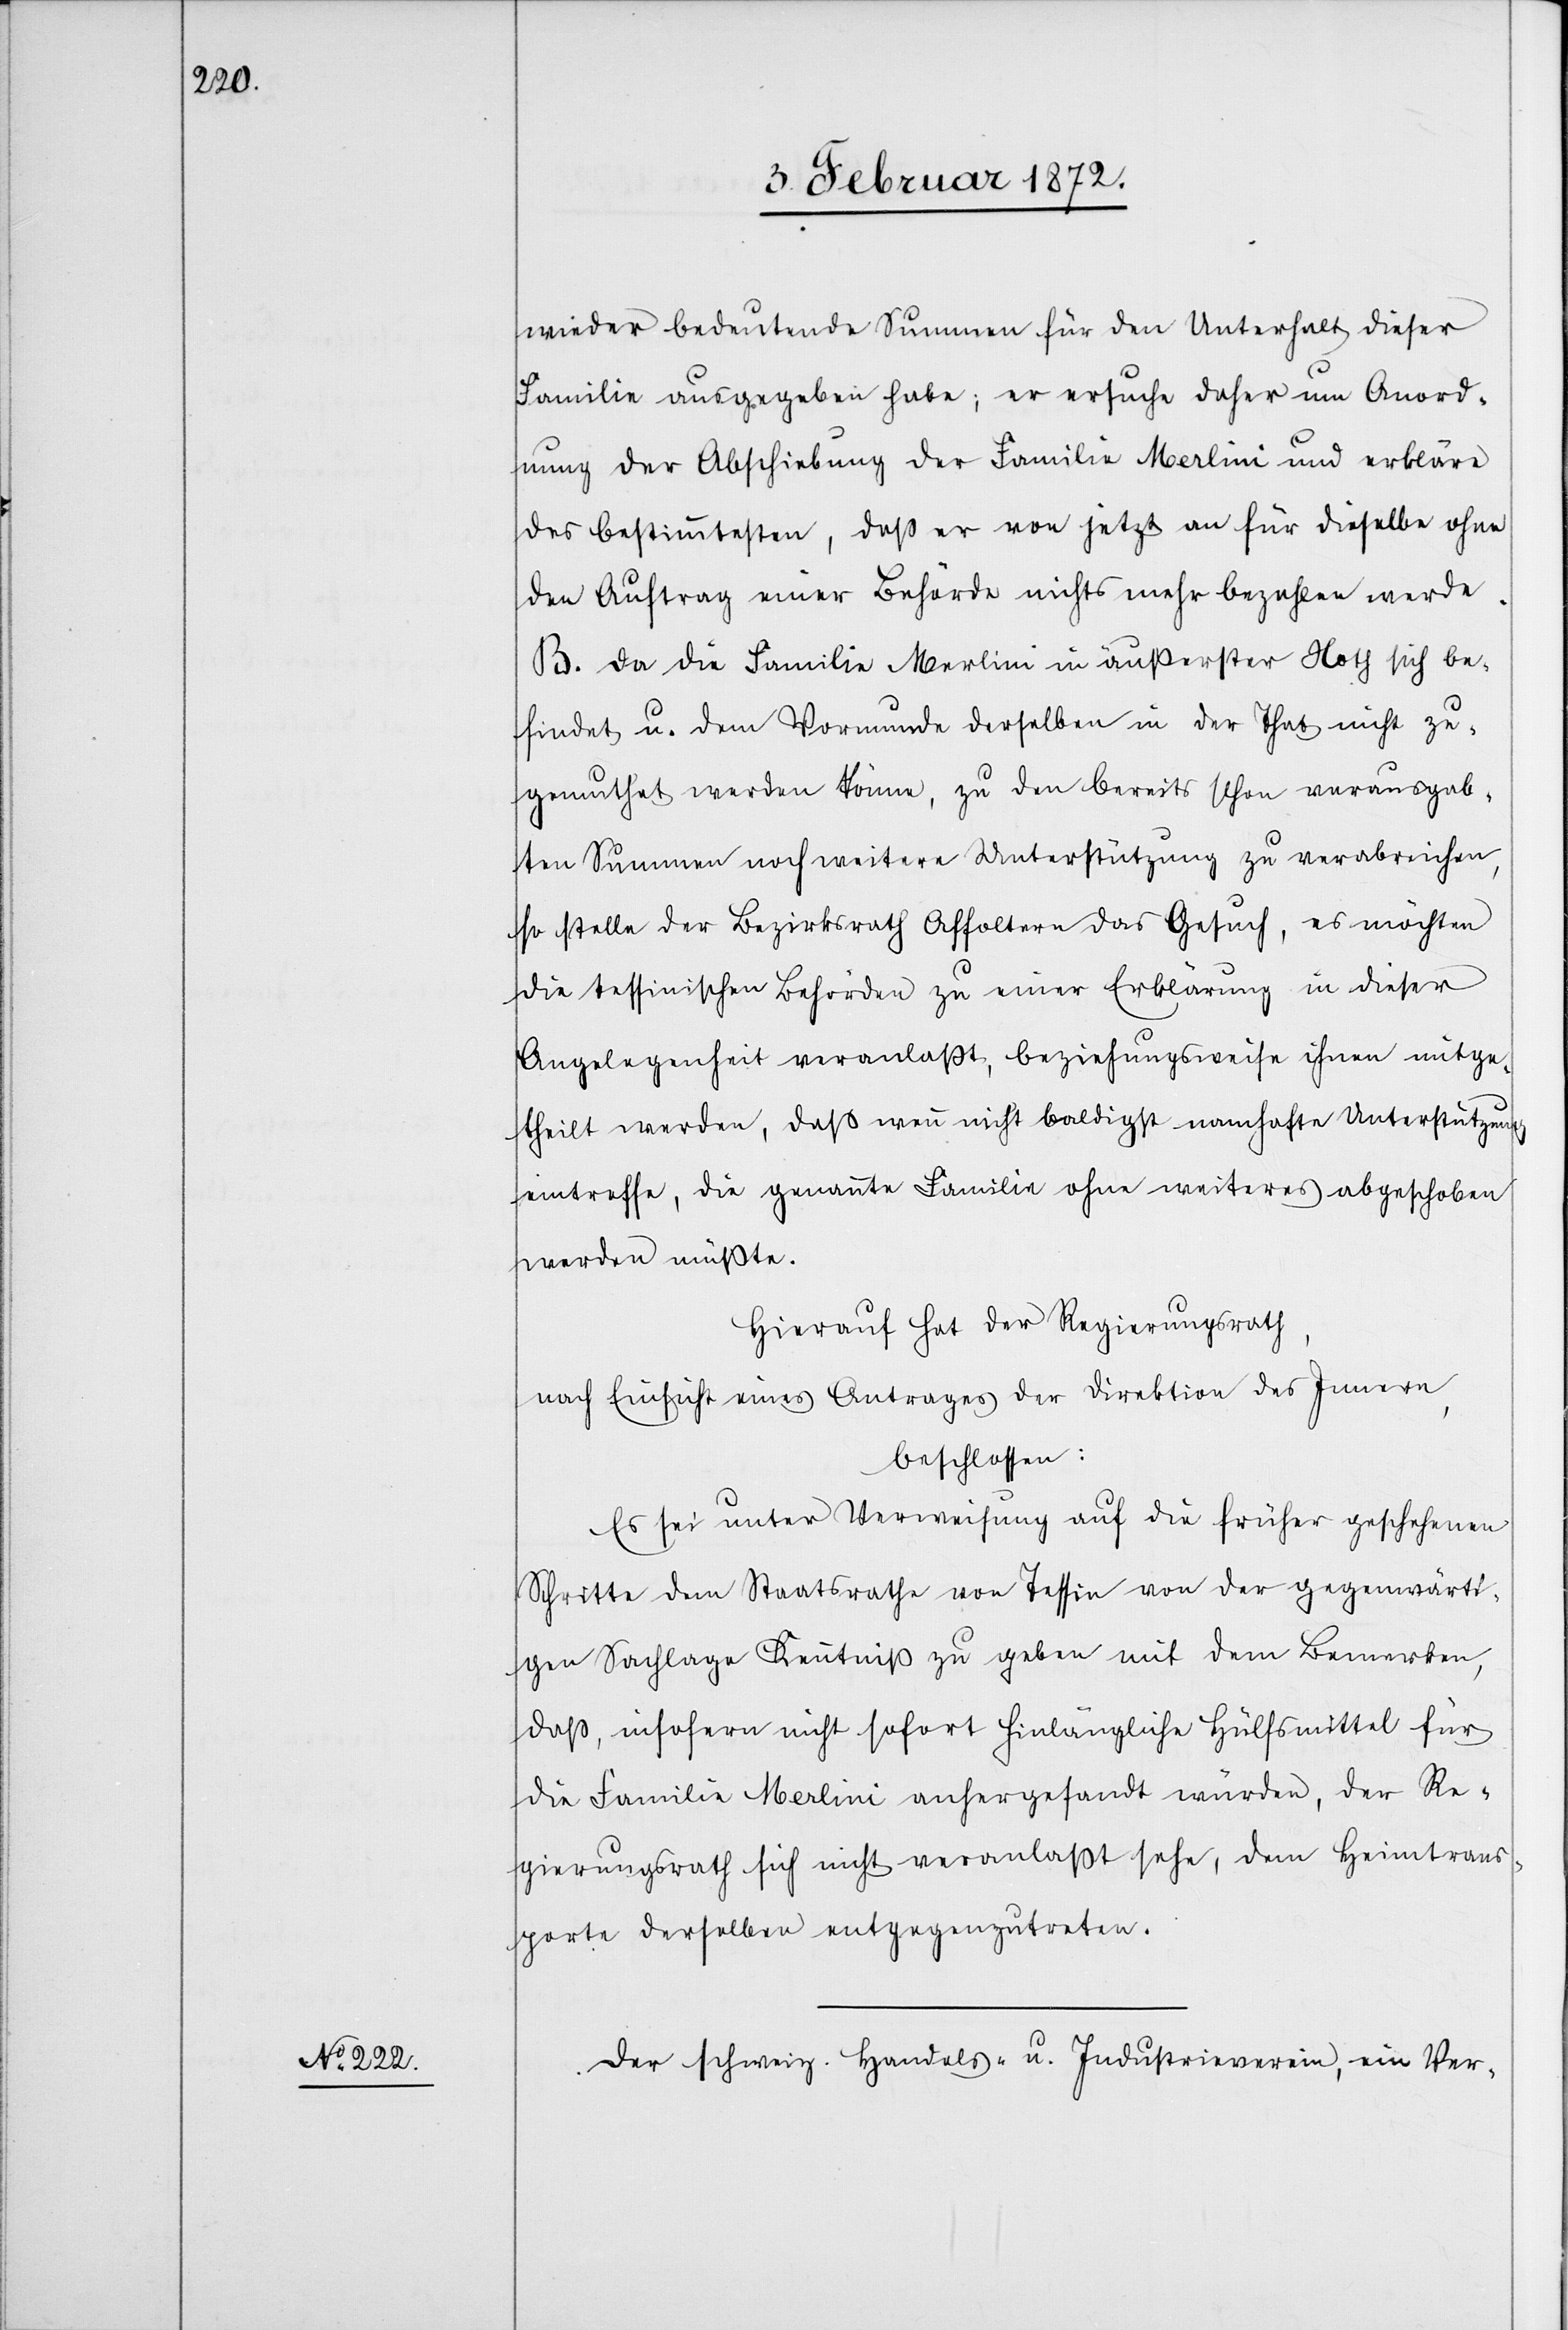
wieder bedeutende Summen für den Unterhalt dieser
Familie ausgegeben habe; er ersuche daher um Anord¬
nung der Abschiebung der Familie Merlini und erkläre
des Bestimmtesten, daß er von jetzt an für dieselbe ohne
den Auftrag einer Behörde nicht mehr bezahlen werde.
B. Da die Familie Merlini in äußerster Noth sich be¬
findet u. dem Vormunde derselben in der That nicht zu¬
gemuthet werden könne, zu den bereits schon verausgab¬
ten Summen noch weitere Unterstützung zu verabreichen,
so stelle der Bezirksrath Affoltern das Gesuch, es möchten
die tessinischen Behörden zu einer Erklärung in dieser
Angelegenheit veranlaßt, beziehungsweise ihnen mitge¬
theilt werden, daß wenn nicht baldigst namhafte Unterstützung
eintreffe, die genannte Familie ohne weiteres abgeschoben
werden müßte.
Hierauf hat der Regierungsrath,
nach Einsicht eines Antrages der Direktion des Innern,
beschlossen:
Es sei unter Verweisung auf die früher geschehenen
Schritte dem Staatsrathe von Tessin von der gegenwärti¬
gen Sachlage Kenntniß zu geben mit dem Bemerken,
daß, insofern nicht sofort hinlängliche Hülfsmittel für
die Familie Merlini anhergesandt würden, der Re¬
gierungsrath sich nicht veranlaßt sehe, dem Heimtrans¬
porte derselben entgegenzutreten.
Der schweiz. Handels- u. Industrieverein, ein Ver-